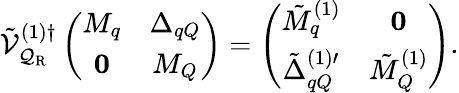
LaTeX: {\tilde{\cal V}}_{{\cal Q}_{\mathrm{R}}}^{(1)\dagger}\left(\begin{array}{cc}{{M_{q}}}&{{\Delta_{qQ}}}\\ {{{\mathbf 0}}}&{{M_{Q}}}\end{array}\right)=\left(\begin{array}{cc}{{{\tilde{M}}_{q}^{(1)}}}&{{{\mathbf 0}}}\\ {{{\tilde{\Delta}}_{qQ}^{(1)\prime}}}&{{{\tilde{M}}_{Q}^{(1)}}}\end{array}\right).